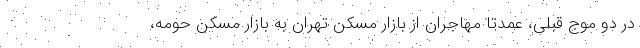
در دو موج قبلی، عمدتا مهاجران از بازار مسکن تهران به بازار مسکن حومه،